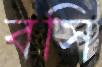
বসি